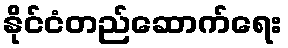
နိုင်ငံတည်ဆောက်ရေး